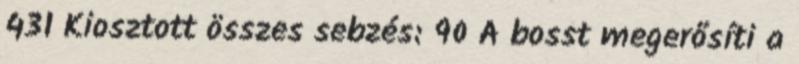
431 Kiosztott összes sebzés: 90 A bosst megerősíti a